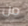
من